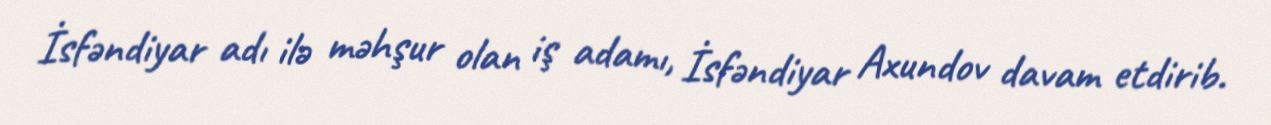
İsfəndiyar adı ilə məhşur olan iş adamı, İsfəndiyar Axundov davam etdirib.